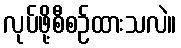
လုပ်ဖို့စီစဉ်ထားသလဲ။